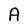
Character: A